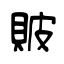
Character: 貱